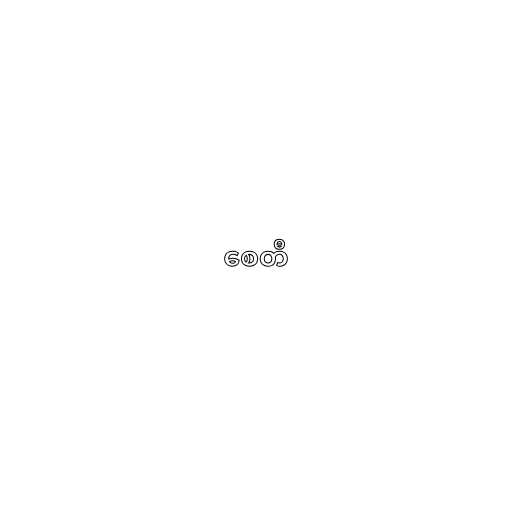
စေတီ